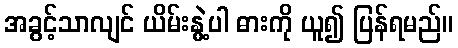
အခွင့်သာလျင် ယိမ်းနွဲ့ပါ ဓားကို ယူ၍ ပြန်ရမည်။